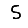
Digit: 5